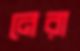
নেরা